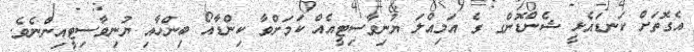
އެގޮތަށް ކަނޑައެޅީ ޝެންޑޮންގ ގެ އަމިއްލަ ޔުނިވާސިޓީއެއް ކަމަށްވާ ކިންޑާއޯ ބިންހާއި ޔުނިވާސިޓީއިންނެވެ.